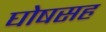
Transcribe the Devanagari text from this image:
घोषसह